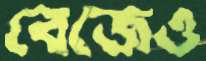
বেজেও